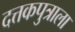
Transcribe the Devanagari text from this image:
दत्तकपुत्राला